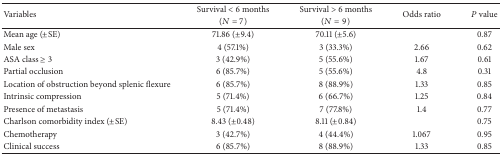
| <ROWSPAN=2> Variables | Survival < 6 months | Survival > 6 months | <ROWSPAN=2> Odds ratio | <ROWSPAN=2> P value |
 | (N = 7) | (N = 9) |
 | --- | --- | --- | --- | --- |
 | Mean age (±SE) | 71.86 (±9.4) | 70.11 (±5.6) |  | 0.87 |
 | Male sex | 4 (57.1%) | 3 (33.3%) | 2.66 | 0.62 |
 | ASA class ≥ 3 | 3 (42.9%) | 5 (55.6%) | 1.67 | 0.61 |
 | Partial occlusion | 6 (85.7%) | 5 (55.6%) | 4.8 | 0.31 |
 | Location of obstruction beyond splenic flexure | 6 (85.7%) | 8 (88.9%) | 1.33 | 0.85 |
 | Intrinsic compression | 5 (71.4%) | 6 (66.7%) | 1.25 | 0.84 |
 | Presence of metastasis | 5 (71.4%) | 7 (77.8%) | 1.4 | 0.77 |
 | Charlson comorbidity index (±SE) | 8.43 (±0.48) | 8.11 (±0.84) |  | 0.75 |
 | Chemotherapy | 3 (42.7%) | 4 (44.4%) | 1.067 | 0.95 |
 | Clinical success | 6 (85.7%) | 8 (88.9%) | 1.33 | 0.85 |